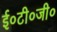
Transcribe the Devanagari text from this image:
ई०टी०जी०